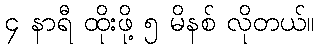
၄ နာရီ ထိုးဖို့ ၅ မိနစ် လိုတယ်။